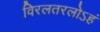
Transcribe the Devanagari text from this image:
विरलतरलोऽहं